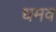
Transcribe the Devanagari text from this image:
धमव